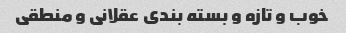
خوب و تازه و بسته بندی عقلانی و منطقی